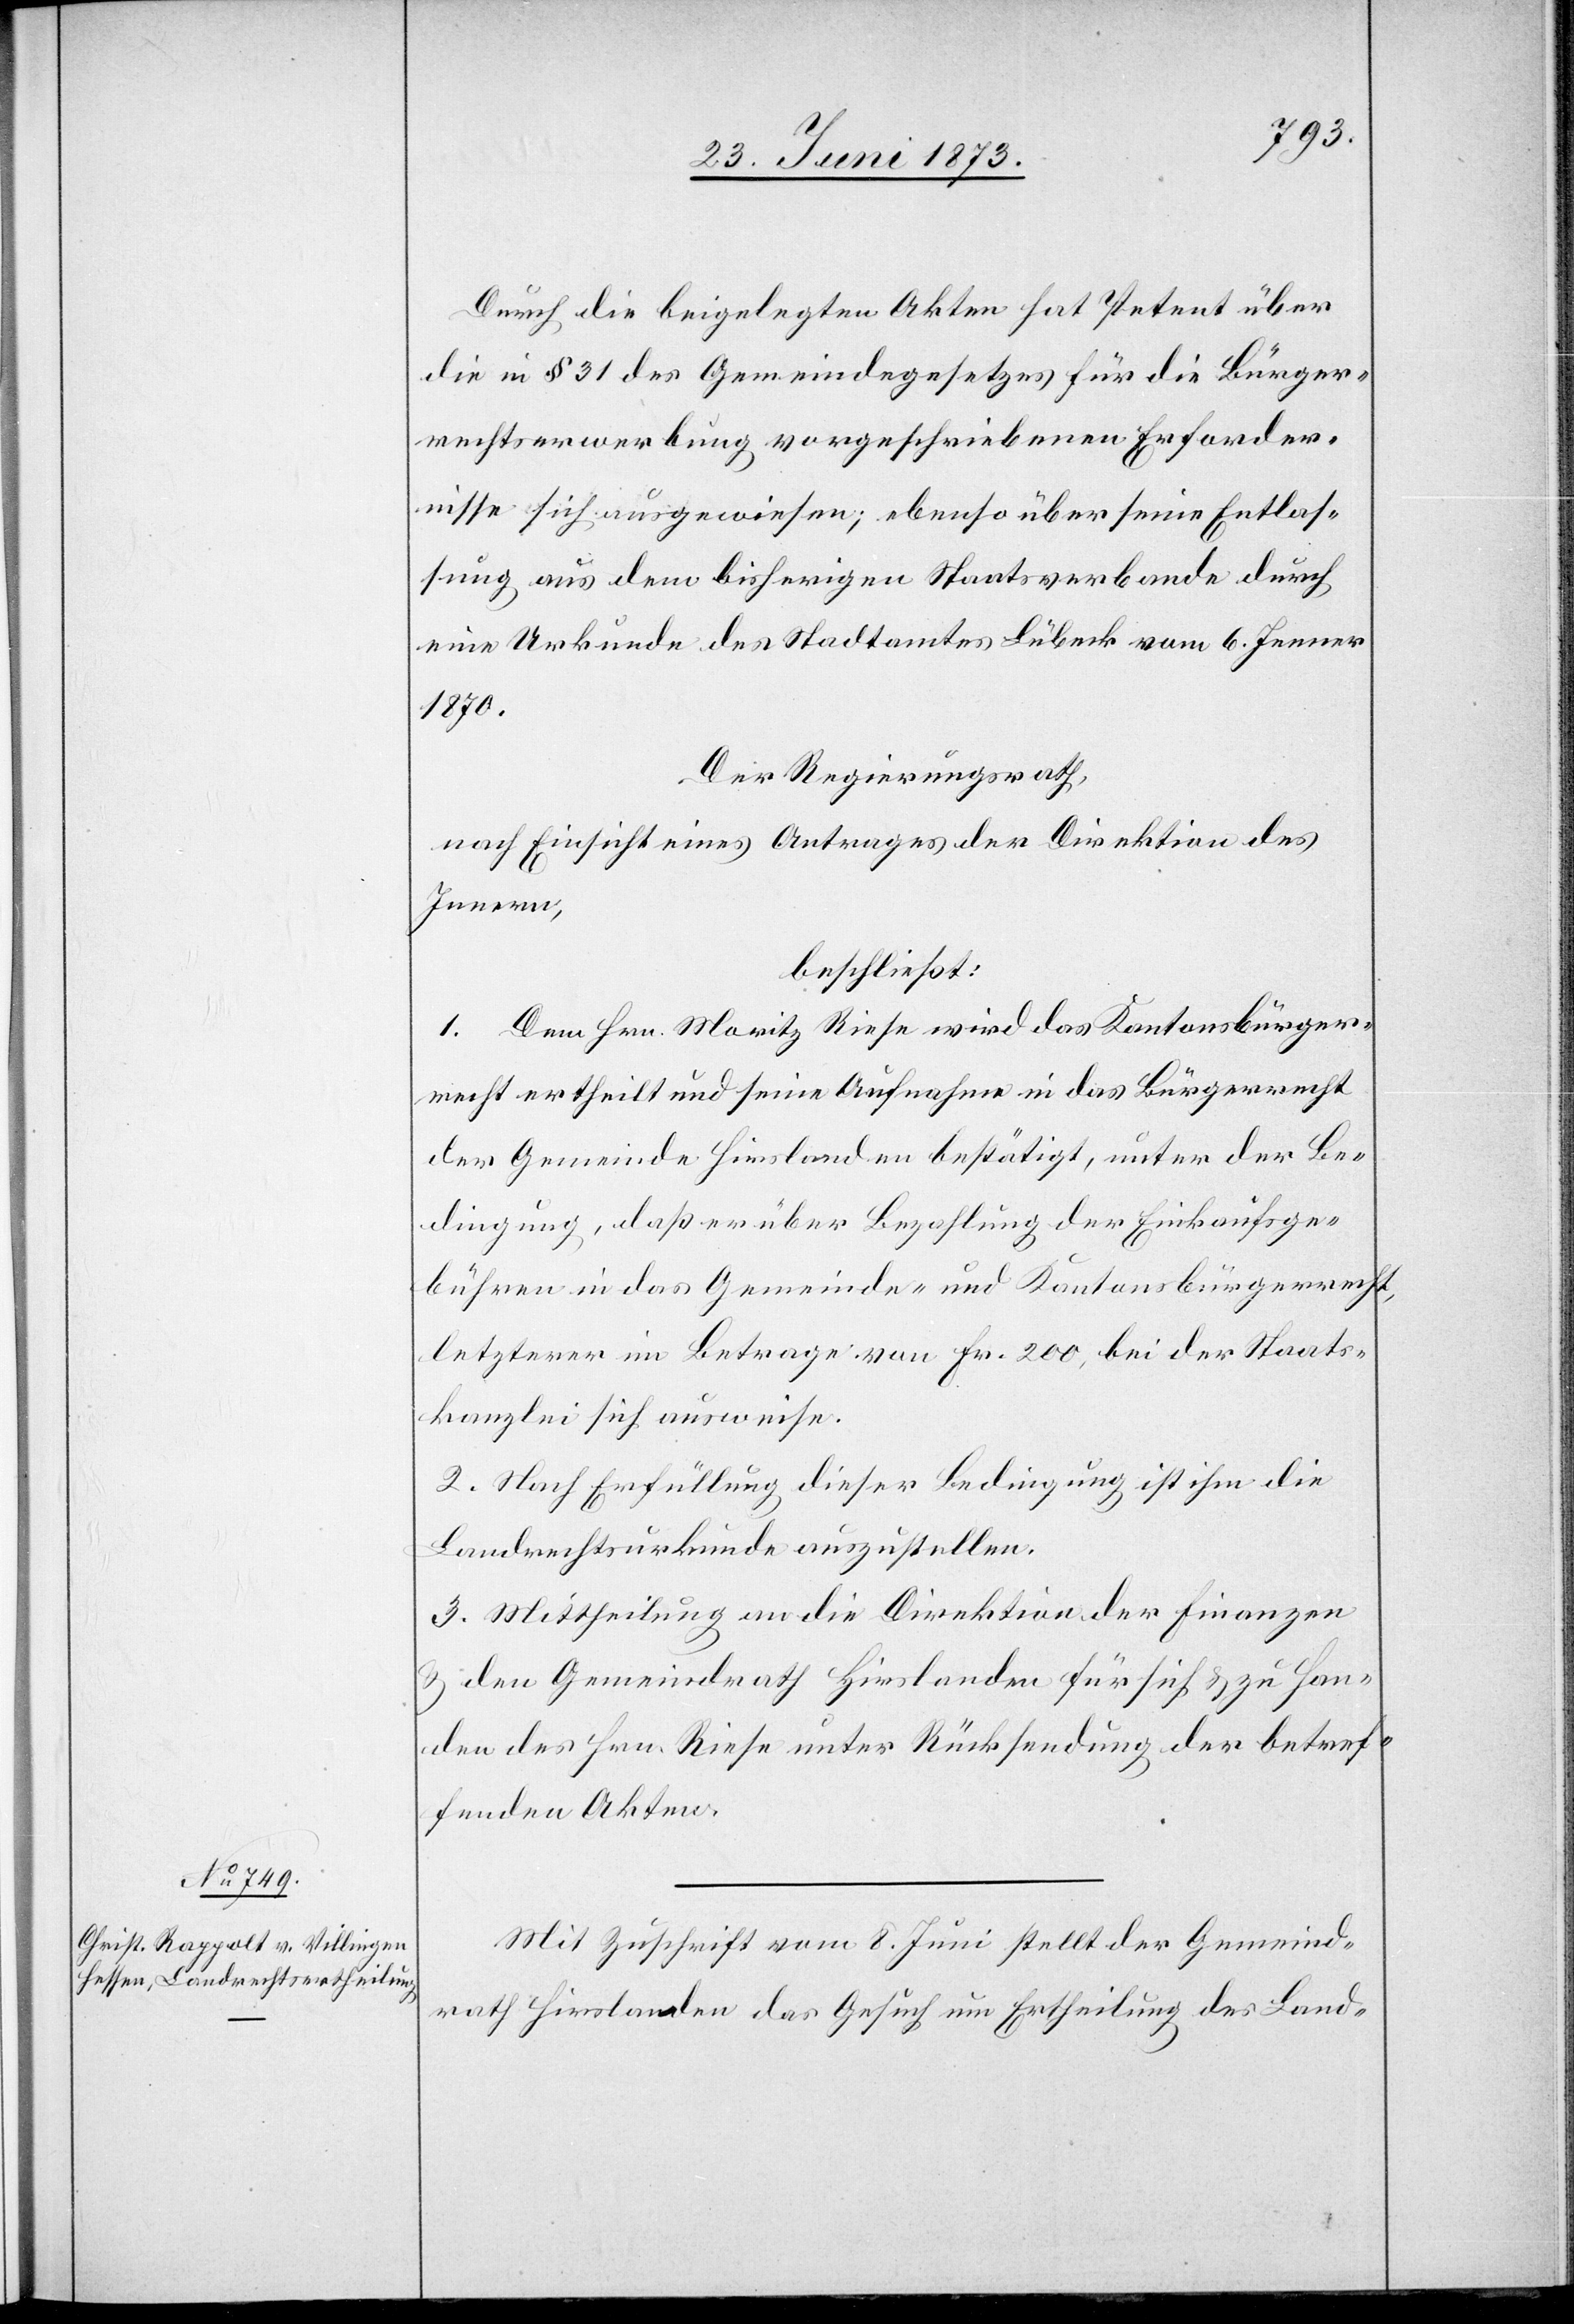
Durch die beigelegten Akten hat Petent über
die in § 31 des Gemeindegesetzes für die Bürger¬
rechtserwerbung vorgeschriebenen Erforder¬
nisse sich ausgewiesen; ebenso über seine Entlas¬
sung aus dem bisherigen Staatsverbande durch
eine Urkunde des Stadtamtes Lübeck vom 6. Jenner
1870.
Der Regierungsrath,
nach Einsicht eines Antrages der Direktion des
Innern,
beschließt:
1. Dem Hrn. Moritz Riese wird das Kantonsbürger¬
recht ertheilt und seine Aufnahme in das Bürgerrecht
der Gemeinde Hirslanden bestätigt, unter der Be¬
dingung, daß er über Bezahlung der Einkaufsge¬
bühren in das Gemeinde- und Kantonsbürgerrecht,
letzterer im Betrage von Fr. 200, bei der Staats¬
kanzlei sich ausweise.
2. Nach Erfüllung dieser Bedingung ist ihm die
Landrechtsurkunde auszustellen.
3. Mittheilung an die Direktion der Finanzen
& den Gemeindrath Hirslanden für sich & zu Han¬
den des Hrn. Riese unter Rücksendung der betref¬
fenden Akten.
Mit Zuschrift vom 8. Juni stellt der Gemeind¬
rath Hirslanden das Gesuch um Ertheilung des Land-